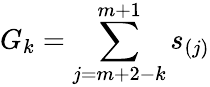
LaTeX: G_{k}=\sum_{j=m+2-k}^{m+1}s_{(j)}